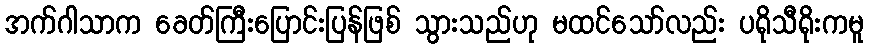
အက်ဂါသာက ခေတ်ကြီးပြောင်းပြန်ဖြစ် သွားသည်ဟု မထင်သော်လည်း ပရိုသီရိုးကမူ